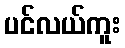
ပင်လယ်ကူး